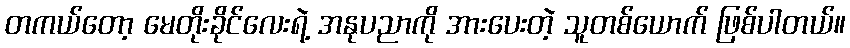
တကယ်တော့ မေတိုးခိုင်လေးရဲ့ အနုပညာကို အားပေးတဲ့ သူတစ်ယောက် ဖြစ်ပါတယ်။